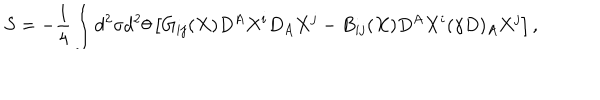
S = - \frac { 1 } { 4 } \int d ^ { 2 } \sigma d ^ { 2 } \theta \left[ G _ { i j } ( X ) D ^ { A } X ^ { i } D _ { A } X ^ { j } - B _ { i j } ( X ) D ^ { A } X ^ { i } ( \gamma D ) _ { A } X ^ { j } \right] ,